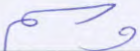
وسم